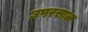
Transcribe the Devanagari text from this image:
उपरसाळ